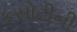
કસોટીની